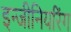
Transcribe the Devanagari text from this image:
इन्‍जीनियरिंग